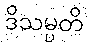
ဒိသမ္ပတိ